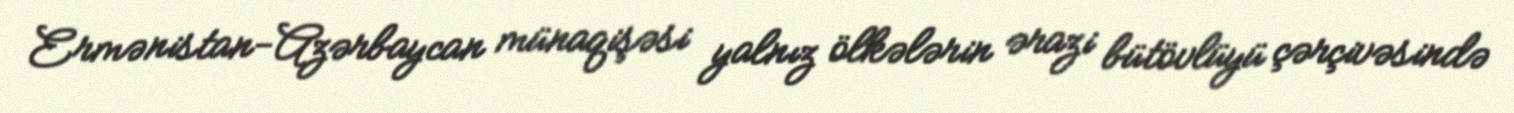
Ermənistan-Azərbaycan münaqişəsi yalnız ölkələrin ərazi bütövlüyü çərçivəsində